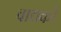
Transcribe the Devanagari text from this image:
वाद्यकों